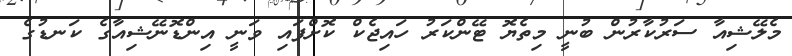
މެލޭޝިއާ ސަރުކާރުން ބުނީ މިތެޔޮ ޓޭންކަރު ހައިޖެކް ކޮށްފައި ވަނީ އިންޑޮނޭޝިއާގެ ކަނޑުގެ